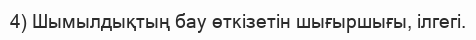
4) Шымылдықтың бау өткізетін шығыршығы, ілгегі.